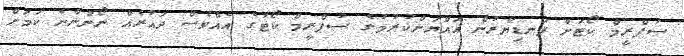
ސުޕްރީމް ކޯޓަށް ފަނޑިޔާރުން އައްޔަންކުރުމުގެ ސުޕްރީމް ކޯޓުގެ އެއްވެސް ދައުރެއް ނޯންނާނެ ކަމަށް